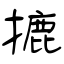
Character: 摝